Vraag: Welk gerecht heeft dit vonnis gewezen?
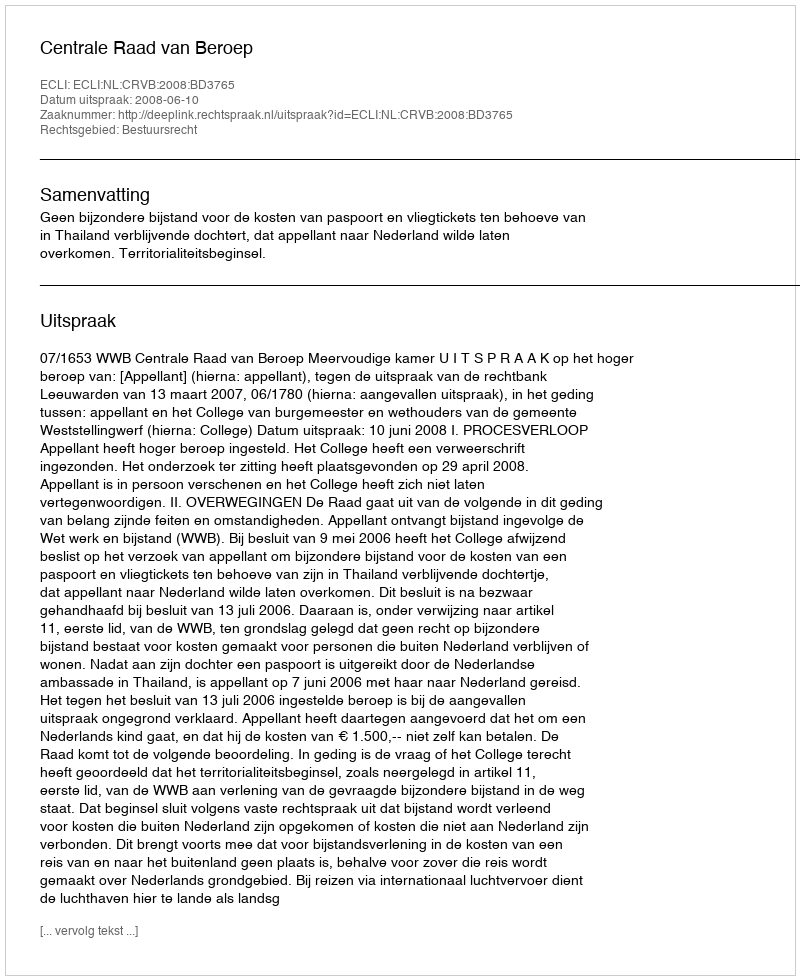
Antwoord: Centrale Raad van Beroep